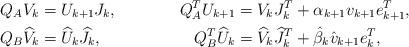
LaTeX: \begin{align*}Q_A V_k &= U_{k+1} J_k, &Q_A^T U_{k+1} &= V_k J_k^T + \alpha_{k+1} v_{k+1} e_{k+1}^T,\\Q_B \widehat{V}_k &= \widehat{U}_{k} \widehat{J}_k, &Q_B^T \widehat{U}_{k} &= \widehat{V}_k \widehat{J}_k^T + \hat{\beta}_{k} \hat{v}_{k+1} e_{k}^T,\end{align*}